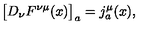
\bigl [ D _ { \nu } F ^ { \nu \mu } ( x ) \bigr ] _ { a } = j _ { a } ^ { \mu } ( x ) ,